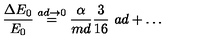
{ \frac { \Delta E _ { 0 } } { E _ { 0 } } } \stackrel { a d \to 0 } { = } { \frac { \alpha } { m d } } { \frac { 3 } { 1 6 } } \ { a d } + \ldots